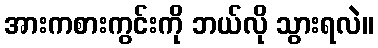
အားကစားကွင်းကို ဘယ်လို သွားရလဲ။